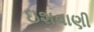
ઇશવાણી